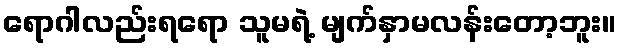
ရောဂါလည်းရရော သူမရဲ့ မျက်နှာမလန်းတော့ဘူး။